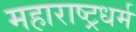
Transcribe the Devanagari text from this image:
महाराष्ट्रधर्म